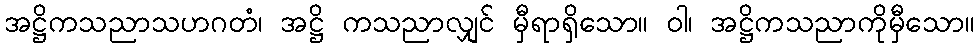
အဋ္ဌိကသညာသဟဂတံ၊ အဋ္ဌိ ကသညာလျှင် မှီရာရှိသော။ ဝါ၊ အဋ္ဌိကသညာကိုမှီသော။